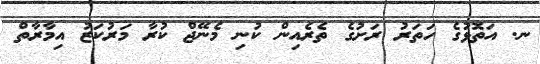
ނ. އަތޮޅުގެ ހަތަރު ރަށުގެ ތެރެއިން ކުނި މެނޭޖް ކުރާ މަރުކަޒު އިމާރާތް